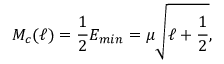
M _ { c } ( \ell ) = \frac { 1 } { 2 } E _ { m i n } = \mu \sqrt { \ell + \frac { 1 } { 2 } } ,